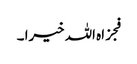
فجزاہ اللہ خیرا ۔